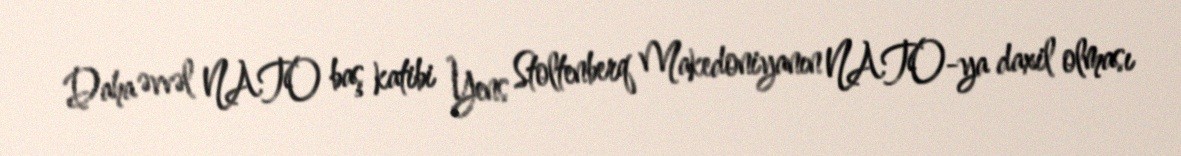
Daha əvvəl NATO baş katibi Yens Stoltenberq Makedoniyanın NATO-ya daxil olması